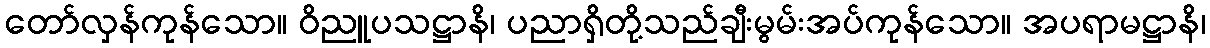
တော်လှန်ကုန်သော။ ဝိညူပသဋ္ဌာနိ၊ ပညာရှိတို့သည်ချီးမွမ်းအပ်ကုန်သော။ အပရာမဋ္ဌာနိ၊